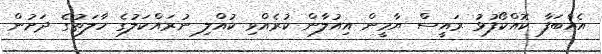
އެއްބަފާ ކޮއްކޯފުޅު ރައީސް ޔާމީން އިއުލާން ކުރެއްވި ކުއްލި ނުރައްކަލުގެ ހާލަތުގެ ދަށުން